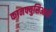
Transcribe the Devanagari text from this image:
कानफ्युसिआयी